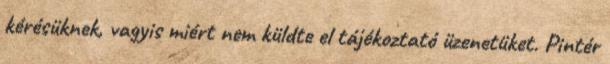
kérésüknek, vagyis miért nem küldte el tájékoztató üzenetüket. Pintér